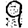
Digit: 9